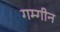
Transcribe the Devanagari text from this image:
गम्गीन